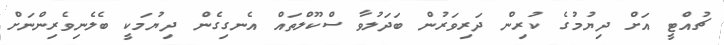
ޗުއްޓީ އަށް ދިޔުމުގެ ކުރިން ދަރިވަރުން ބަދަލުވާ ސްކޫލްތައް އެނގިގެން ދިޔުމަކީ ބެލެނިވެރިންނަށް